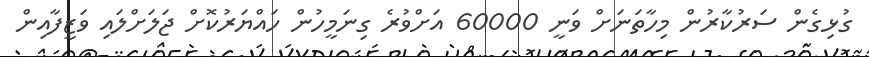
ގުޅިގެން ސަރުކާރުން މިހާތަނަށް ވަނީ 60000 އަށްވުރެ ގިނަމީހުން ހައްޔަރުކޮށް ޖަލަށްލައި ވަޒީފާއިން